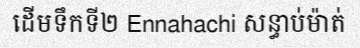
ដើមទឹកទី២ Ennahachi សន្ធាប់ម៉ាត់